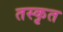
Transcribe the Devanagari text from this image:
तस्कृत